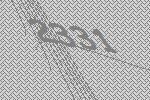
2331